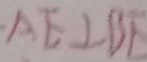
A E \bot B E